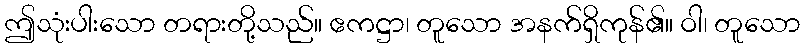
ဤသုံးပါးသော တရားတို့သည်။ ဧကဋ္ဌာ၊ တူသော အနက်ရှိကုန်၏။ ဝါ၊ တူသော